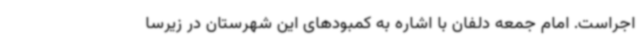
اجراست. امام جمعه دلفان با اشاره به کمبودهای این شهرستان در زیرسا